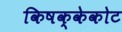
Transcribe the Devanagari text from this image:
किषक्केकोट